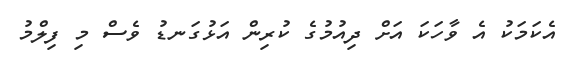
އެކަމަކު އެ ވާހަކަ އަށް ދިއުމުގެ ކުރިން އަޅުގަނޑު ވެސް މި ފިލްމު